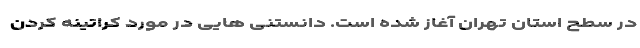
در سطح استان تهران آغاز شده است. دانستنی هایی در مورد کراتینه کردن